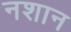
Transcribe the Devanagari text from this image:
नशान